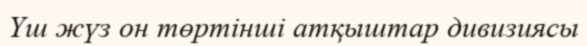
Үш жүз он төртінші атқыштар дивизиясы